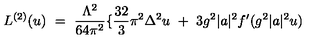
L ^ { ( 2 ) } ( u ) \ = \ \frac { \Lambda ^ { 2 } } { 6 4 \pi ^ { 2 } } \{ \frac { 3 2 } { 3 } \pi ^ { 2 } \Delta ^ { 2 } u \ + \ 3 g ^ { 2 } | a | ^ { 2 } f ^ { \prime } ( g ^ { 2 } | a | ^ { 2 } u )